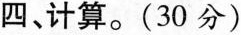
四、计算。(30分)